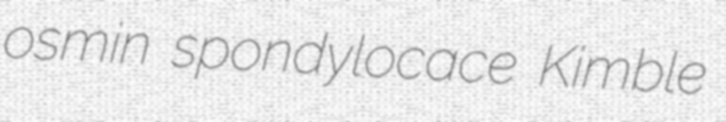
osmin spondylocace Kimble